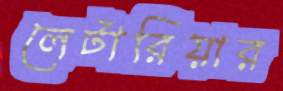
লেটারিয়ার